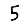
Digit: 5